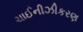
ચાઈનીઝીકરણ